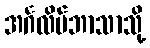
အင်္ဂလိပ်ဘာသာသို့